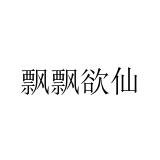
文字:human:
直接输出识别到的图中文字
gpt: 飘飘欲仙